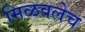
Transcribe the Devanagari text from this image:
मिळवलेच